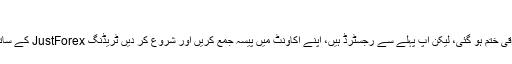
2
ترقی ختم ہو گئی، لیکن اپ پہلے سے رجسٹرڈ ہیں، اپنے اکاونٹ میں پیسہ جمع کریں اور شروع کر دیں ٹریڈنگ JustForex کے ساتھ۔